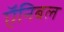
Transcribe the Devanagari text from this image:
ऍनिबल